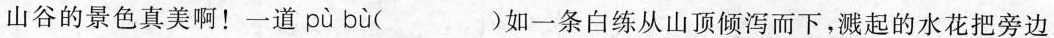
山谷的景色真美啊！一道 pù bù ( )如一条白练从山顶倾泻而下，溅起的水花把旁边